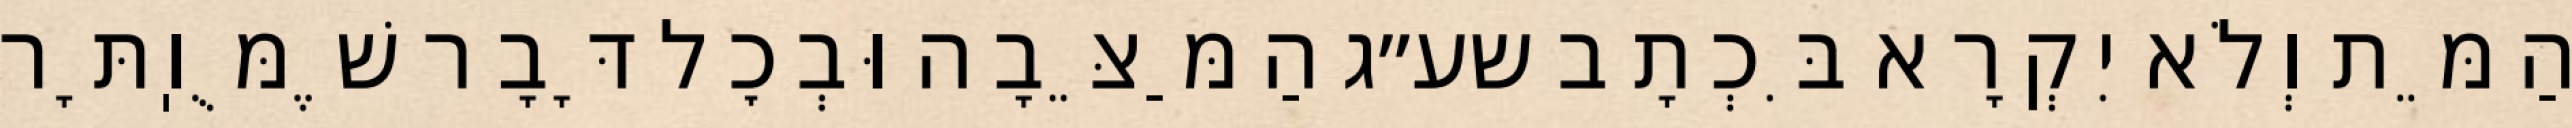
הַמֵּת וְלֹא יִקְרָא בִּכְתָב שע״ג הַמַּצֵּבָה וּבְכׇל דָּבָר שֶׁמֻּוֽתָּר